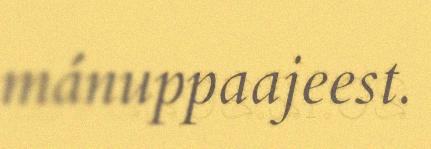
mánuppaajeest.